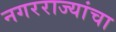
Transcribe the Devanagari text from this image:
नगरराज्यांचा